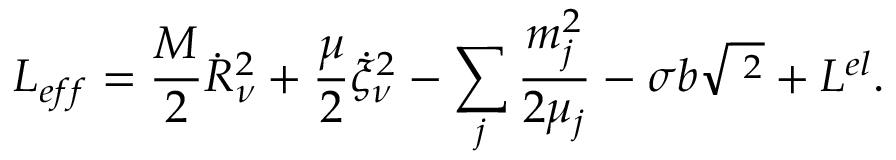
{ \cal L } _ { e f f } = \frac M 2 \dot { R } _ { \nu } ^ { 2 } + \frac \mu 2 \dot { \xi } _ { \nu } ^ { 2 } - \sum _ { j } \frac { m _ { j } ^ { 2 } } { 2 \mu _ { j } } - \sigma b \sqrt { { \bf \xi } ^ { 2 } } + { \cal L } ^ { e l } .